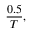
{ \frac { 0 . 5 } { T } } ,